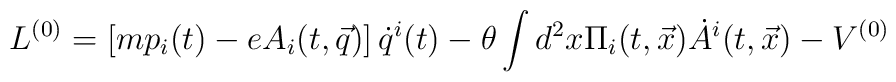
{L}^{(0)} = \left[m p_i(t)- e A_i(t,\vec q)\right]\dot q^i(t) - \theta \int d^2x \Pi_i(t,\vec x)\dot A^i(t,\vec x) - V^{(0)}